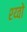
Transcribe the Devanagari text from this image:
श्य्वो